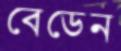
বেডেন